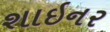
શાઇનર